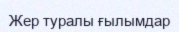
Жер туралы ғылымдар